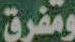
ومفرق